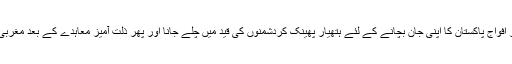
پاکستان جنگ ہار بیٹھا ، ذلت آمیز سقوط ڈھاکہ ، ۳۹ ہزار افواج پاکستان کا اپنی جان بچانے کے لئے ہتھیار پھینک کردشمنوں کی قید میں چلے جانا اور پھر ذلت آمیز معاہدے کے بعد مغربی پاکستان لوٹ جاناپوری اسلامی تاریخ کا منفرد واقعہ بنا۔